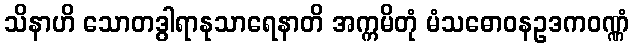
သိနာဟိ သောတဒွါရာနုသာရေနာတိ အက္ကမိတုံ မံသဓောဝနဥဒကဝဏ္ဏံ